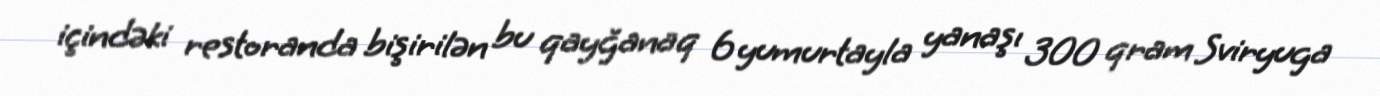
içindəki restoranda bişirilən bu qayğanaq 6 yumurtayla yanaşı 300 qram Sviryuga